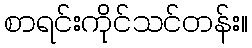
စာရင်းကိုင်သင်တန်း။